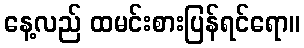
နေ့လည် ထမင်းစားပြန်ရင်ရော။